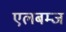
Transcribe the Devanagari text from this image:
एलबम्ज